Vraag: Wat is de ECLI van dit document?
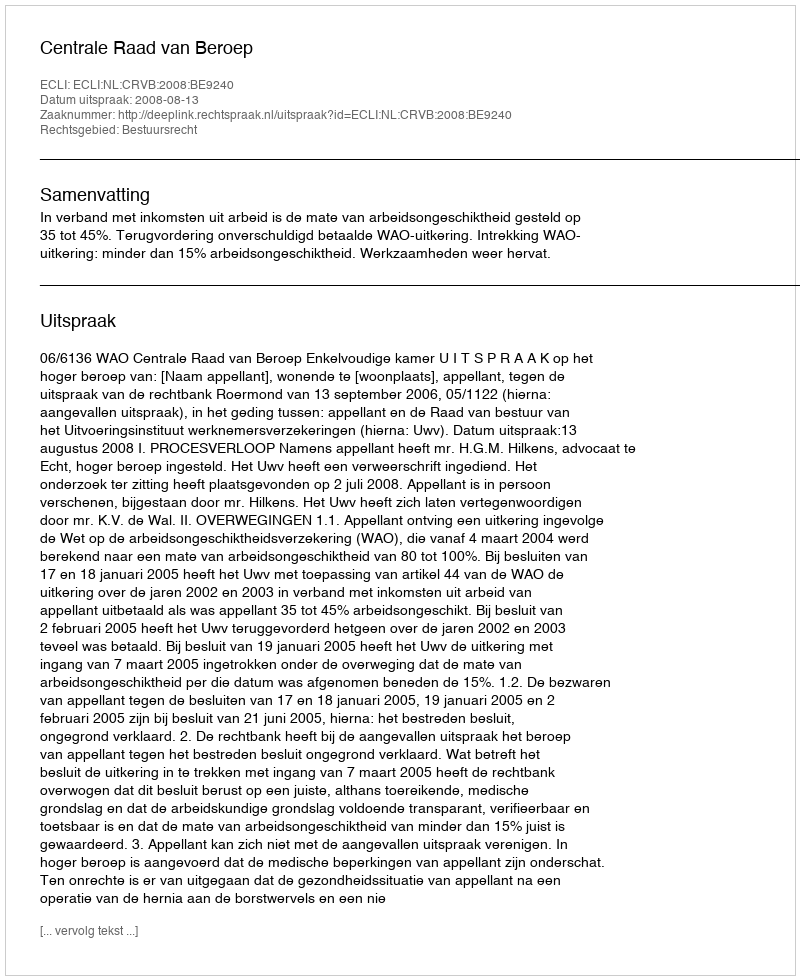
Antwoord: ECLI:NL:CRVB:2008:BE9240